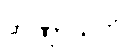
တဏှာသုတ်